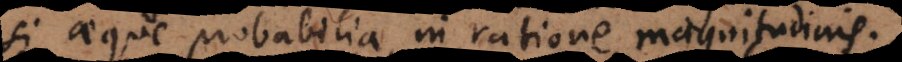
si aeque probabilia, in ratione magnitudinis.